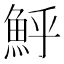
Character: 𩶈